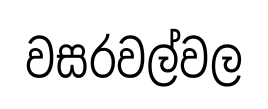
වසරවල්වල